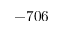
- 7 0 6